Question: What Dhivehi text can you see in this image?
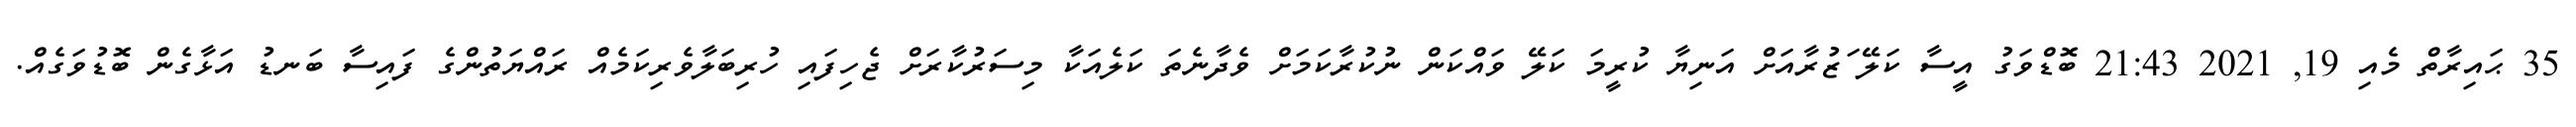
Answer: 35 ޙައިރާތް މެއި 19, 2021 21:43 ބޮޑްވަގު އީސާ ކަލޭ ަޒުރާއަށް އަނިޔާ ކުރީމަ ކަލޭ ވައްކަން ނުކުރާކަމަށް ވެދާނެތަ ކަލެއަކާ މިސަރުކާރަށް ޖެހިފައި ހުރިބަލާވެރިކަމެއް ރައްޔަތުންގެ ފައިސާ ބަނޑު އަޅާގެން ބޮޑުވަގެއް.